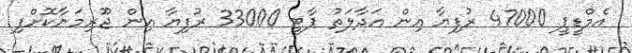
އެމްޑީޕީ 47000 ރުފިޔާ އިން އަދާލަތު ޕާޓީ 33000 ރުފިޔާ އިން ޖޫރިމަނާކޮށްފި